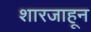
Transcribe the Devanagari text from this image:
शारजाहून